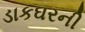
ડાકઘરની